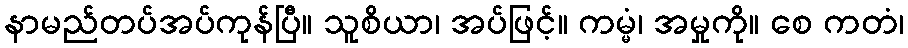
နာမည်တပ်အပ်ကုန်ပြီ။ သူစိယာ၊ အပ်ဖြင့်။ ကမ္မံ၊ အမှုကို။ စေ ကတံ၊